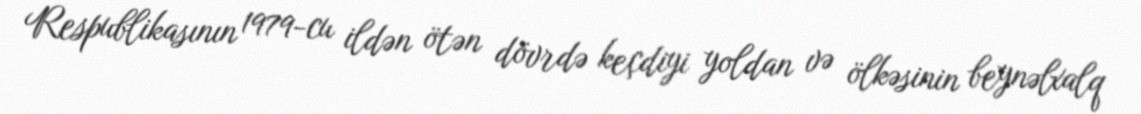
Respublikasının 1979-cu ildən ötən dövrdə keçdiyi yoldan və ölkəsinin beynəlxalq